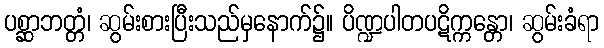
ပစ္ဆာဘတ္တံ၊ ဆွမ်းစားပြီးသည်မှနောက်၌။ ပိဏ္ဍပါတပဋိက္ကန္တော၊ ဆွမ်းခံရာ